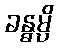
ခန္ဓမ္ပိ